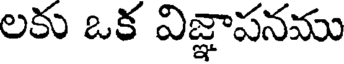
లకు ఒక విజ్ఞాపనము